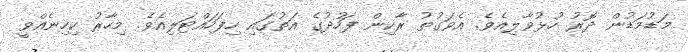
މަޑުމަޑުން ދޮރު ހުޅުވާލިއެވެ. އެވަގުތު ރާކިން ފަހުދުގެ އަތުގައި ހިފަހައްޓަލިއެވެ. މިހާރު ކިހިނެއްވީ